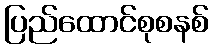
ပြည်ထောင်စုစနစ်